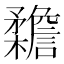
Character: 𣠳